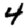
Digit: 4